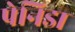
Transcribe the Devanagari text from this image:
पेनिडा